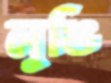
লুঙি